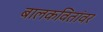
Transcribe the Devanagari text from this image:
बालकवितांवर